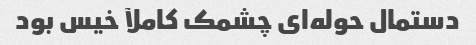
دستمال حوله‌ای چشمک کاملآ خیس بود